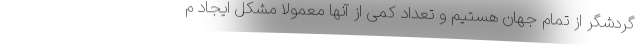
گردشگر از تمام جهان هستیم و تعداد کمی از آنها معمولا مشکل ایجاد م